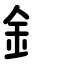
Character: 釒